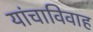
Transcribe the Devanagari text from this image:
यांचाविवाह